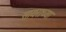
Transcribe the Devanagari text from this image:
सायराच्या